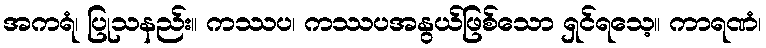
အကရံ၊ ပြုသနည်း။ ကဿပ၊ ကဿပအနွယ်ဖြစ်သော ရှင်ရသေ့။ ကာရဏံ၊